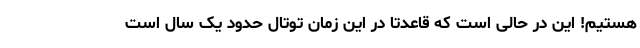
هستیم! این در حالی است که قاعدتا در این زمان توتال حدود یک سال است